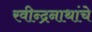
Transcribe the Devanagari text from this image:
रवीन्द्रनाथांचे